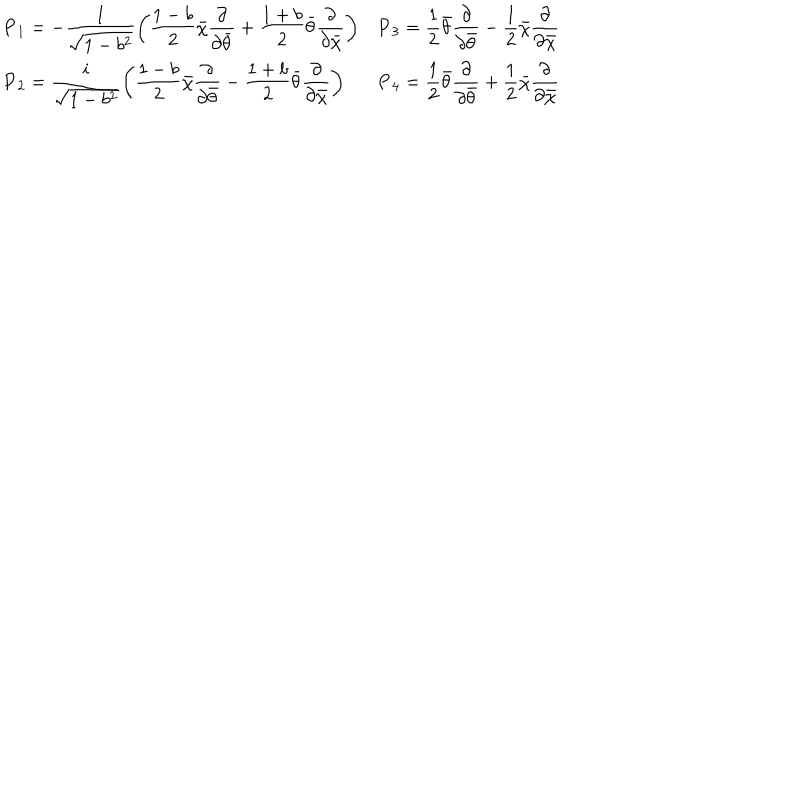
LaTeX: \begin{array} { l l } { { \displaystyle { \bf P } _ { 1 } = - \frac { 1 } { \sqrt { 1 - b ^ { 2 } } } \left( \frac { 1 - b } { 2 } \bar { \chi } \frac \partial { \partial \bar { \theta } } + \frac { 1 + b } { 2 } \bar { \theta } \frac \partial { \partial \bar { \chi } } \right) } } & { { \displaystyle { \bf P } _ { 3 } = \frac 1 2 \bar { \theta } \frac \partial { \partial \bar { \theta } } - \frac 1 2 \bar { \chi } \frac \partial { \partial \bar { \chi } } } } \\ { { \displaystyle { \bf P } _ { 2 } = \frac { i } { \sqrt { 1 - b ^ { 2 } } } \left( \frac { 1 - b } { 2 } \bar { \chi } \frac \partial { \partial \bar { \theta } } - \frac { 1 + b } { 2 } \bar { \theta } \frac \partial { \partial \bar { \chi } } \right) } } & { { \displaystyle { \bf P } _ { 4 } = \frac 1 2 \bar { \theta } \frac \partial { \partial \bar { \theta } } + \frac 1 2 \bar { \chi } \frac \partial { \partial \bar { \chi } } } } \\ \end{array}